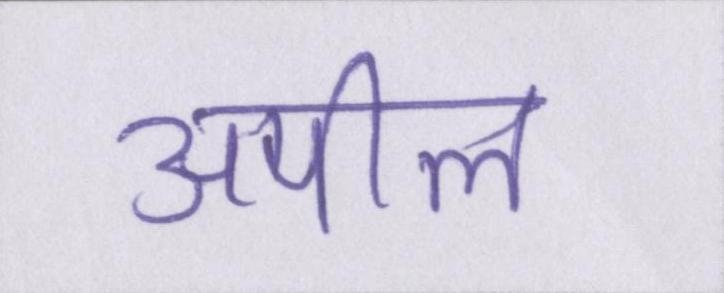
अपील